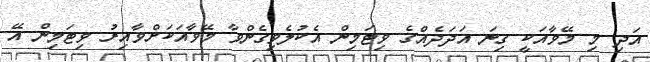
އަދި މި މޭވާއަކީ ގިނަ އަދަދެއްގެ ވިޓަމިން އެކުލެވިގެންވާ މޭވާއަކަށްވާއިރު ވިޓަމިން އޭ